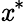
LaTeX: \mathit{x}^{\ast}